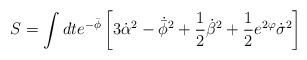
LaTeX: \begin{align*}S = \int dt e^{-\bar\phi} \left[ 3\dot\alpha^2 - \dot{\bar\phi}^2 +{1\over2}\dot{\beta}^2 +{1\over2}e^{2\varphi}\dot{\sigma}^2 \right]\end{align*}